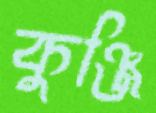
কুঞ্জি